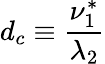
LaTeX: d_{c}\equiv\frac{\nu_{1}^{*}}{\lambda_{2}}